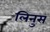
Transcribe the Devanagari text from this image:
लिनुस